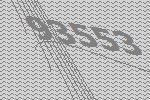
93553